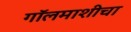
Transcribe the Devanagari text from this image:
गॉलमाशीचा